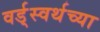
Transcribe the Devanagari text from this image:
वर्ड्‌स्वर्थच्या